Vaccination North-Western Provinces and Oudh 1878-1895 - 1878-1895
Year: 1878
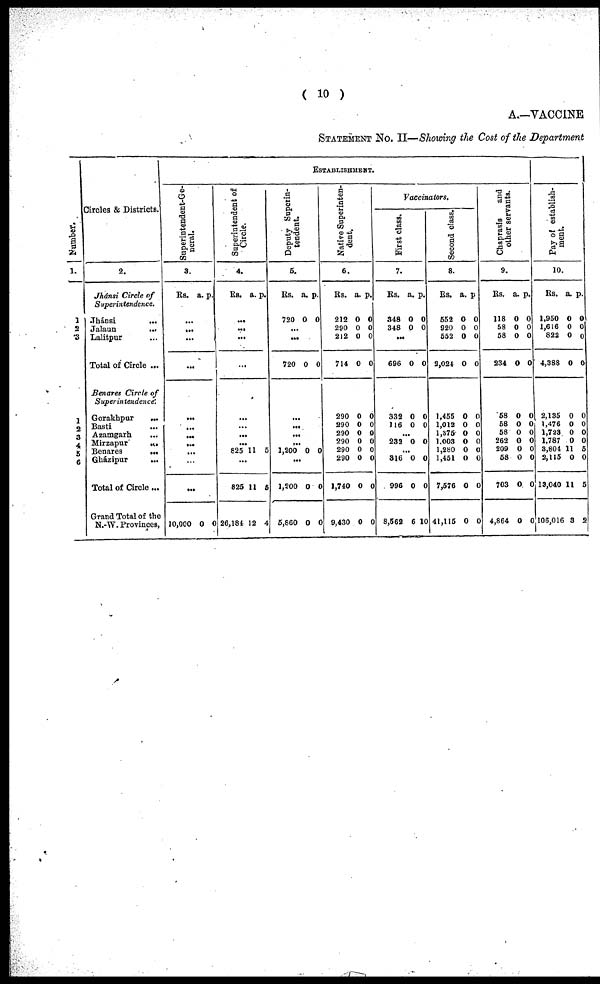
( 10 )
A.—VACCINE
STATEMENT No. II—Showing the Cost of the Department
Number.
l.
l
2
3
1
2
3
4
5
6
Circles & Districts.
2.
Jhánsi Circle of
Superintendence.
Jhánsi
...
Jalaun
...
Lalitpur ...
Total of Circle ...
Benares Circle of
Superintendence.
Gorakhpur
...
Basti ...
Azamgarh
...
Mirzapur
...
Benares
...
Gházipur
...
Total of Circle ...
Grand Total of the
N.-W. Provinces,
ESTABLISHMENT.
Superintendent-Ge-
neral.
3.
Rs.
...
...
...
...
...
...
...
...
...
...
...
10,000
a.
0
p.
0
Superintendent of
Circle.
4.
Rs.
...
...
...
...
...
...
...
...
825
...
825
26,184
a.
11
11
12
p.
5
5
4
Deputy Superin-
tendent.
5.
Rs.
720
...
...
720
...
...
...
...
1,200
...
1,200
5,860
a.
0
0
0
0
0
p.
0
0
0
0
0
Native Superinten-
dent.
6.
Rs.
212
290
212
714
290
290
290
290
290
290
1,740
9,430
a.
0
0
0
0
0
0
0
0
0
0
0
0
p.
0
0
0
0
0
0
0
0
0
0
0
0
Vaccinators.
First class.
7.
Rs.
348
348
...
696
332
116
...
232
...
816
996
8,562
a.
0
0
0
0
0
0
0
0
6
p.
0
0
0
0
0
0
0
0
10
Second class.
8.
Rs.
552
920
552
2,024
1,455
1,012
1,375
1,003
1,280
1,451
7,576
41,115
a.
0
0
0
0
0
0
0
0
0
0
0
0
p.
0
0
0
0
0
0
0
0
0
0
0
0
Chaprasis
and
other servants.
9.
Rs.
118
58
58
234
58
58
58
262
209
58
703
4,864
a.
0
0
0
0
0
0
0
0
0
0
0
0
p.
0
0
0
0
0
0 0
0
0
0
0
0
Pay of establish-
ment.
10.
Rs.
1,950
1,616
822
4,388
2,135
1,476
1,723
1,787
3,804
2,115
13,040
106,016
a.
0
0
0
0
0
0
0
0
11
0
11
3
p.
0
0
0
0
0
0
0
0
5
0
5
2